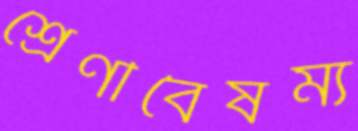
শ্রেণীবৈষম্য